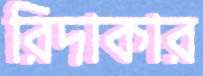
রিদাকার